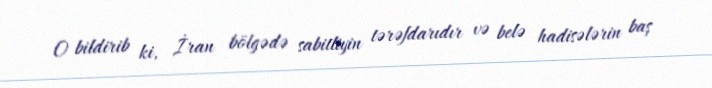
O bildirib ki, İran bölgədə sabitliyin tərəfdarıdır və belə hadisələrin baş